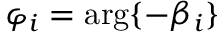
\varphi _ { i } = \mathrm { a r g } \{ - \beta _ { i } \}